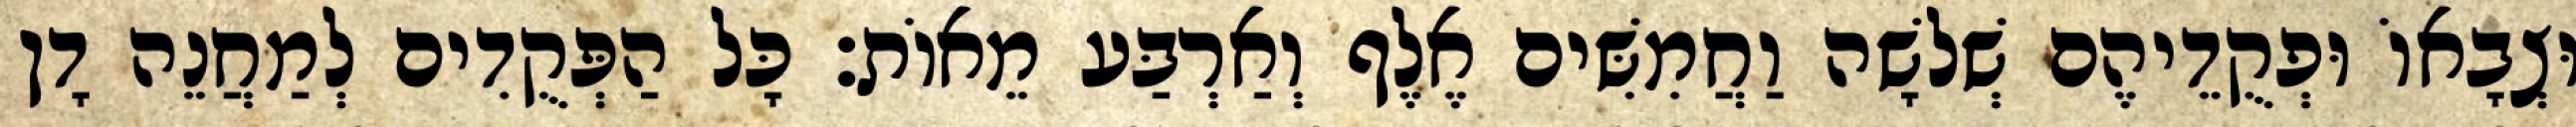
וּצְבָאוֹ וּפְקֻדֵיהֶם שְׁלשָׁה וַחֲמִשִּׁים אֶלֶף וְאַרְבַּע מֵאוֹת׃ כָּל הַפְּקֻדִים לְמַחֲנֵה דָן